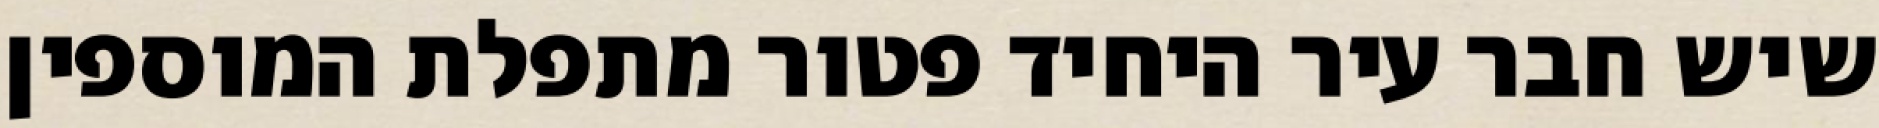
שיש חבר עיר היחיד פטור מתפלת המוספין